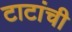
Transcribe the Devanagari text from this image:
टाटांची